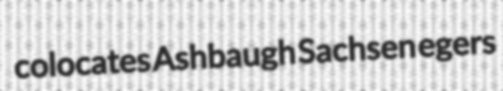
colocates Ashbaugh Sachsen egers